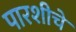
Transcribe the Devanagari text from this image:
पारशीचे